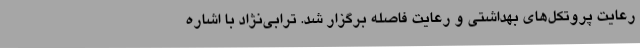
رعایت پروتکل‌های بهداشتی و رعایت فاصله برگزار شد. ترابی‌نژاد با اشاره